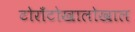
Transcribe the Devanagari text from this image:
टोराँटोखालोखाल